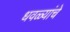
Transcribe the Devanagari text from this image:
धवळ्यांचे